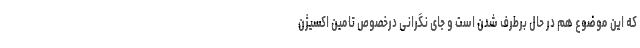
که این موضوع هم در حال برطرف شدن است و جای نگرانی درخصوص تامین اکسیژن